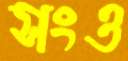
সংও